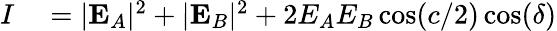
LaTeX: \begin{array}{rl}{I}&{{}=|\mathbf{E}_{A}|^{2}+|\mathbf{E}_{B}|^{2}+2E_{A}E_{B}\cos(c/2)\cos(\delta)}\end{array}